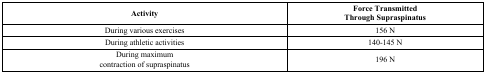
| Activity | Force TransmittedThrough Supraspinatus |
 | --- | --- |
 | During various exercises | 156 N |
 | During athletic activities | 140-145 N |
 | During maximum contraction of supraspinatus | 196 N |